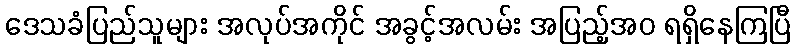
ဒေသခံပြည်သူများ အလုပ်အကိုင် အခွင့်အလမ်း အပြည့်အဝ ရရှိနေကြပြီ